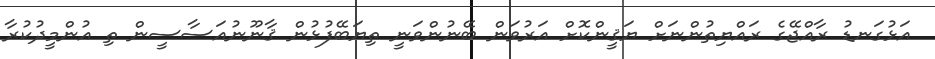
އަޅުގަނޑު ރާއްޖޭގެ ރައްޔިތުންނަށް ޔަޤީންކޮށް އަރުވަން ބޭނުންވަނީ ތިޔަބޭފުޅުން ޤާނޫނުއަސާސީން ތި އުންމީދުކުރާ